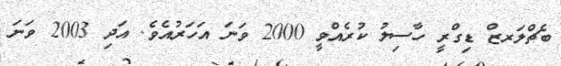
ބެޗްލަރޒް ޑިގްރީ ހާސިލު ކުރެއްވީ 2000 ވަނަ އަހަރުއެވެ. އަދި 2003 ވަނަ